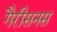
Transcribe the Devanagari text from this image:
गैरीसनस